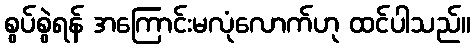
စွပ်စွဲရန် အကြောင်းမလုံလောက်ဟု ထင်ပါသည်။